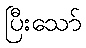
ပြီးသော်